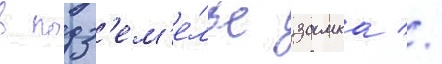
в подз'ем'е́лье замка //